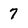
Character: 7